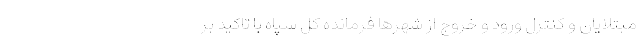
مبتلایان و کنترل ورود و خروج از شهرها فرمانده کل سپاه با تاکید بر